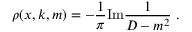
\rho ( x , k , m ) = - \frac { 1 } { \pi } \mathrm { { I m } } \frac { 1 } { D - m ^ { 2 } } \ .